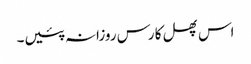
اس پھل کا رس روزانہ پئیں۔